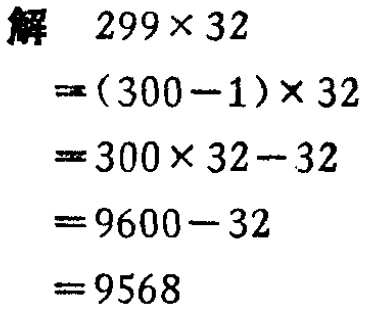
```
解 \(299\times32\)
\(=(300 - 1)\times32\)
\(=300\times32-32\)
\(=9600 - 32\)
\(=9568\)
```